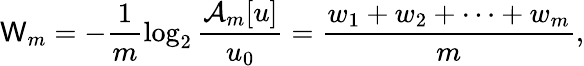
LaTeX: \mathsf{W}_{m}=-\frac{{1}}{{m}}\log_{2}\frac{{\mathcal{{A}}_{m}[u]}}{{u_{0}}}=\frac{{w_{1}+w_{2}+\cdots+w_{m}}}{{m}},